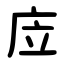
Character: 㡴